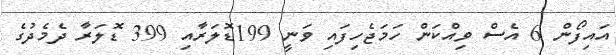
އައިފޯން 6 އެސް ވިއްކަން ހަމަޖެހިފައި ވަނީ 199ޑޮލަރާއި 399 ޑޮލަރާ ދެމެދުގެ